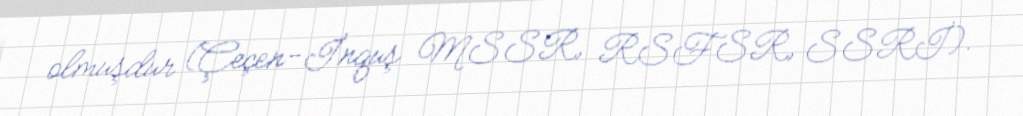
olmuşdur (Çeçen-İnquş MSSR, RSFSR, SSRİ).